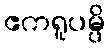
ဧကရူပမ္ပိ